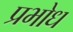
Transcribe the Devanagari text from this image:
प्रभोध